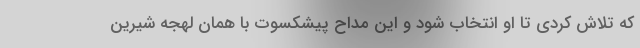
که تلاش کردی تا او انتخاب شود و این مداح پیشکسوت با همان لهجه شیرین